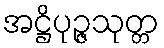
အဋ္ဌိပုဉ္ဇသုတ္တ